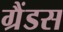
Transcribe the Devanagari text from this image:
ग्रैंडस